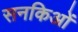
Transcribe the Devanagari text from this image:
सनकिओं